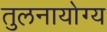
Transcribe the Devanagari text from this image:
तुलनायोग्य